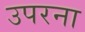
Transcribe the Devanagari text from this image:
उपरना